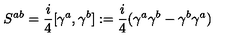
S ^ { a b } = \frac { i } { 4 } [ \gamma ^ { a } , \gamma ^ { b } ] : = \frac { i } { 4 } ( \gamma ^ { a } \gamma ^ { b } - \gamma ^ { b } \gamma ^ { a } )